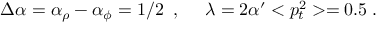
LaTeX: \Delta \alpha = \alpha _ { \rho } - \alpha _ { \phi } = 1 / 2 \; \; , ~ ~ ~ ~ \lambda = 2 \alpha ^ { \prime } < p _ { t } ^ { 2 } > = 0 . 5 \; .